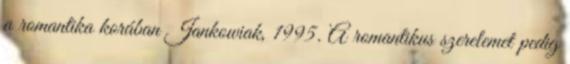
a romantika korában Jankowiak, 1995. A romantikus szerelemet pedig